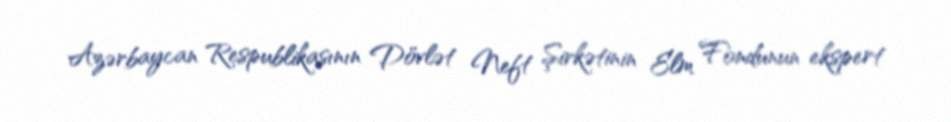
Azərbaycan Respublikasının Dövlət Neft Şirkətinin Elm Fondunun ekspert